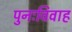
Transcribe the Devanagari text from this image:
पुनःविवाह